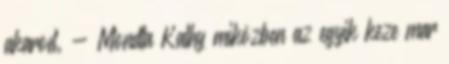
akarod. - Mondta Kathy miközben az egyik keze mar